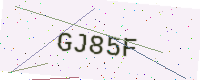
Text: GJ85F